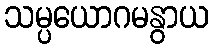
သမ္ပယောဂမနွာယ